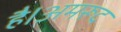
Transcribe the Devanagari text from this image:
है।अमरूद